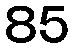
85